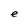
Character: e